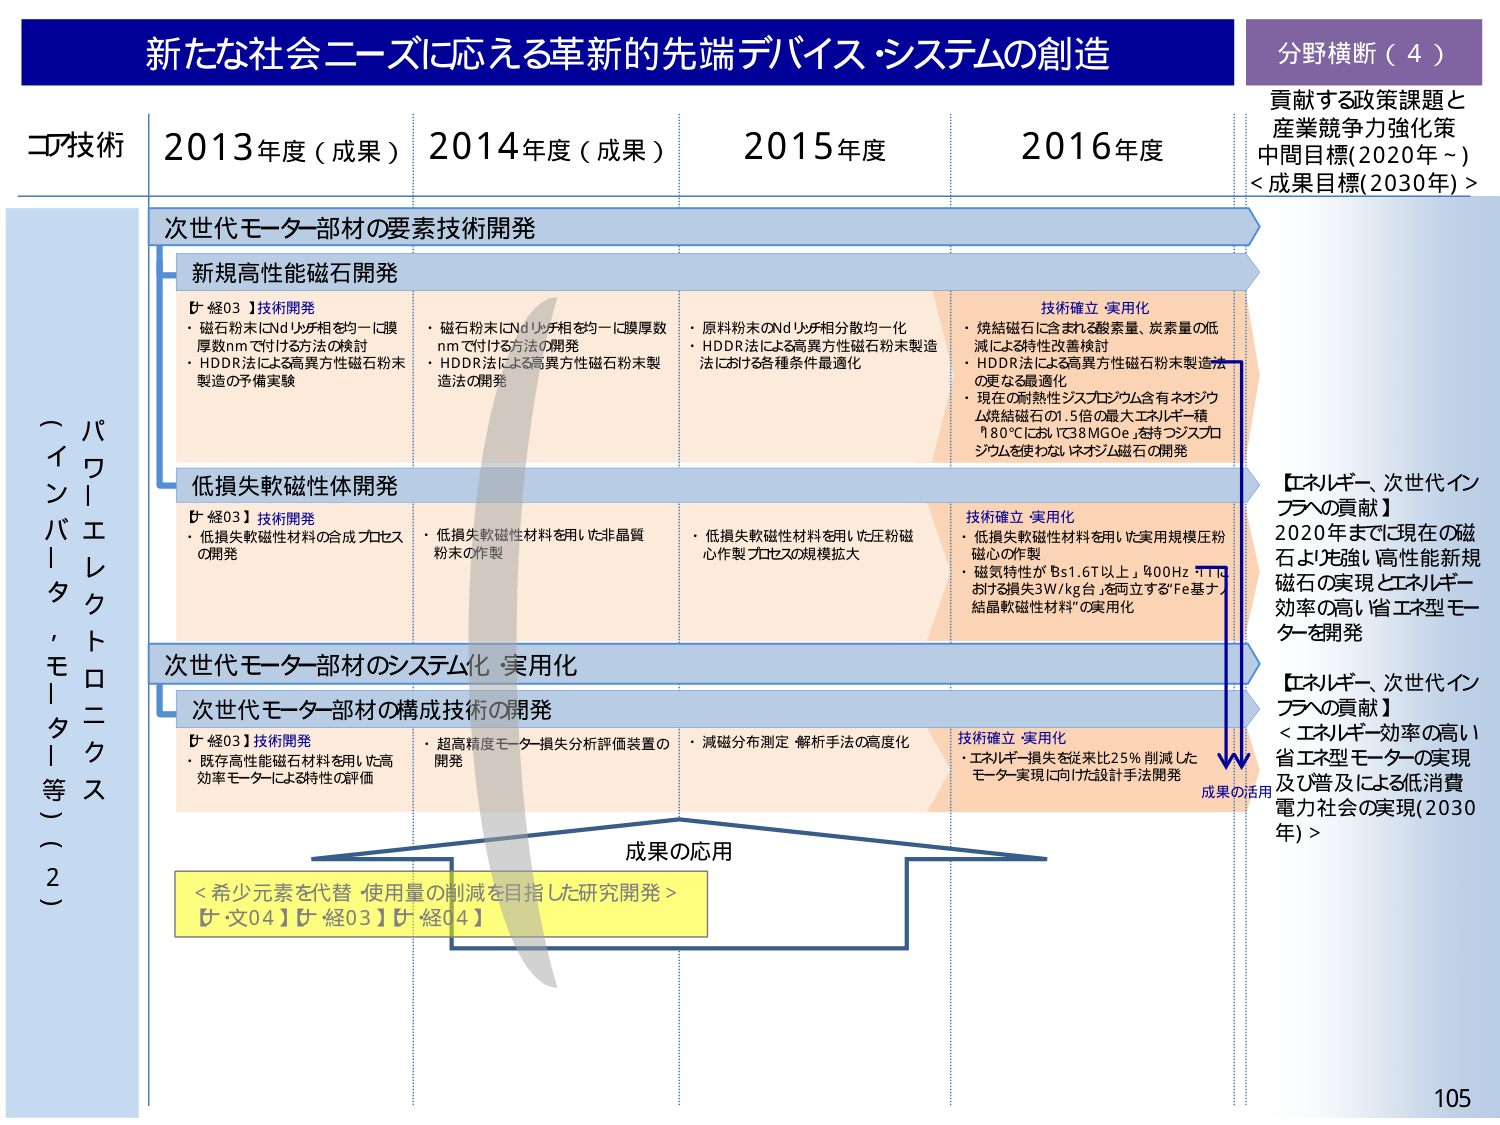
新たな社会ニーズに応える革新的先端デバイス・システムの創造

分野横断（4）
貢献する政策課題と
産業競争力強化策
中間目標(2020年～)
<成果目標(2030年)>

コア技術
2013年度（成果） 2014年度（成果） 2015年度 2016年度

次世代モーター部材の要素技術開発

新規高性能磁石開発
【経03】技術開発
・磁石粉末にNdリッチ相を均一に膜厚数nmで付ける方法の検討
・HDDR法による高異方性磁石粉末製造の予備実験

・磁石粉末にNdリッチ相を均一に膜厚数nmで付ける方法の開発
・HDDR法による高異方性磁石粉末製造法の開発

・原料粉末のNdリッチ相分散均一化
・HDDR法による高異方性磁石粉末製造法における各種条件最適化

技術確立・実用化
・焼結磁石に含まれる酸素量、炭素量の低減による特性改善検討
・HDDR法による高異方性磁石粉末製造法の更なる最適化
・現在の耐熱性ジスプロシウム含有ネオジウム焼結磁石の1.5倍の最大エネルギー積（180℃において38MGOe）を持つジスプロシウムを使わないネオジウム磁石の開発

低損失軟磁性体開発
【経03】技術開発
・低損失軟磁性材料の合成プロセスの開発

・低損失軟磁性材料を用いた非晶質粉末の作製

・低損失軟磁性材料を用いた圧粉磁心作製プロセスの規模拡大

技術確立・実用化
・低損失軟磁性材料を用いた実用規模圧粉磁心の作製
・磁気特性がBs1.6T以上、400Hzで1Tにおける損失3W/kg台を両立する「Fe基ナノ結晶軟磁性材料」の実用化

次世代モーター部材のシステム化・実用化

次世代モーター部材の構成技術の開発
【経03】技術開発
・既存高性能磁石材料を用いた高効率モーターによる特性の評価

・超高精度モーター損失分析評価装置の開発

・減磁分布測定・解析手法の高度化

技術確立・実用化
・エネルギー損失を従来比25％削減したモーター実現に向けた設計手法開発

成果の応用
＜希少元素を代替・使用量の削減を目指した研究開発＞
【文04】【経03】【経04】

【エネルギー、次世代インフラへの貢献】
2020年までに現在の磁石より先強い高性能新規磁石の実現とエネルギー効率の高い省エネ型モーターを開発

【エネルギー、次世代インフラへの貢献】
＜エネルギー効率の高い省エネ型モーターの実現及び普及による低消費電力社会の実現(2030年)＞

成果の活用

パワーエレクトロニクス
（インバータ、モーター等）（2）

105